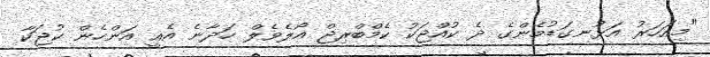
"މިއަހަރު އަޅުނގަޑުމެންގެ ދެ ކުއްޖަކު ކެމްބްރިޖް އޯލެވެލް ހަދާނެ އެއީ އަންހެން ކުޖަކާ